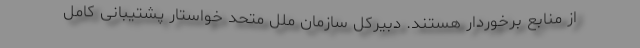
از منابع برخوردار هستند. دبیرکل سازمان ملل متحد خواستار پشتیبانی کامل